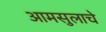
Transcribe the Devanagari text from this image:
आमसुलाचे